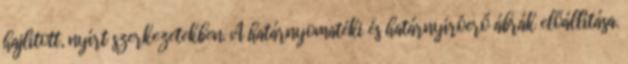
hajlított, nyírt szerkezetekben. A határnyomatéki és határnyíróerő ábrák előállítása.